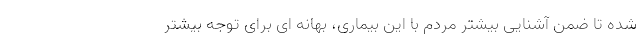
شده تا ضمن آشنایی بیشتر مردم با این بیماری، بهانه ای برای توجه بیشتر